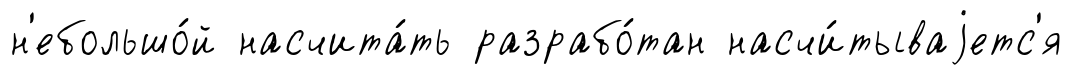
н'ебольшо́й насчита́ть разрабо́тан насчи́тываjетс'я